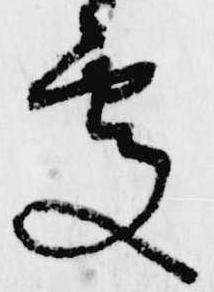
処